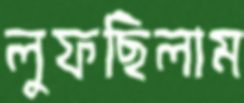
লুফছিলাম